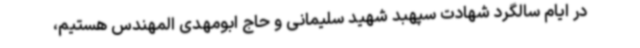
در ایام سالگرد شهادت سپهبد شهید سلیمانی و حاج ابومهدی المهندس هستیم،